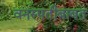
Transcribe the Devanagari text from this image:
वनस्पतीबाबत